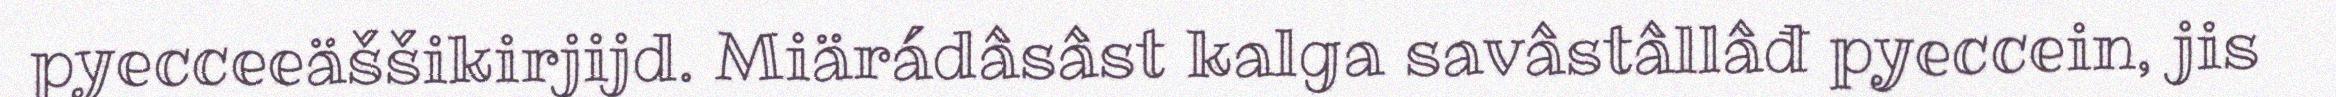
pyecceeäššikirjijd. Miärádâsâst kalga savâstâllâđ pyeccein, jis